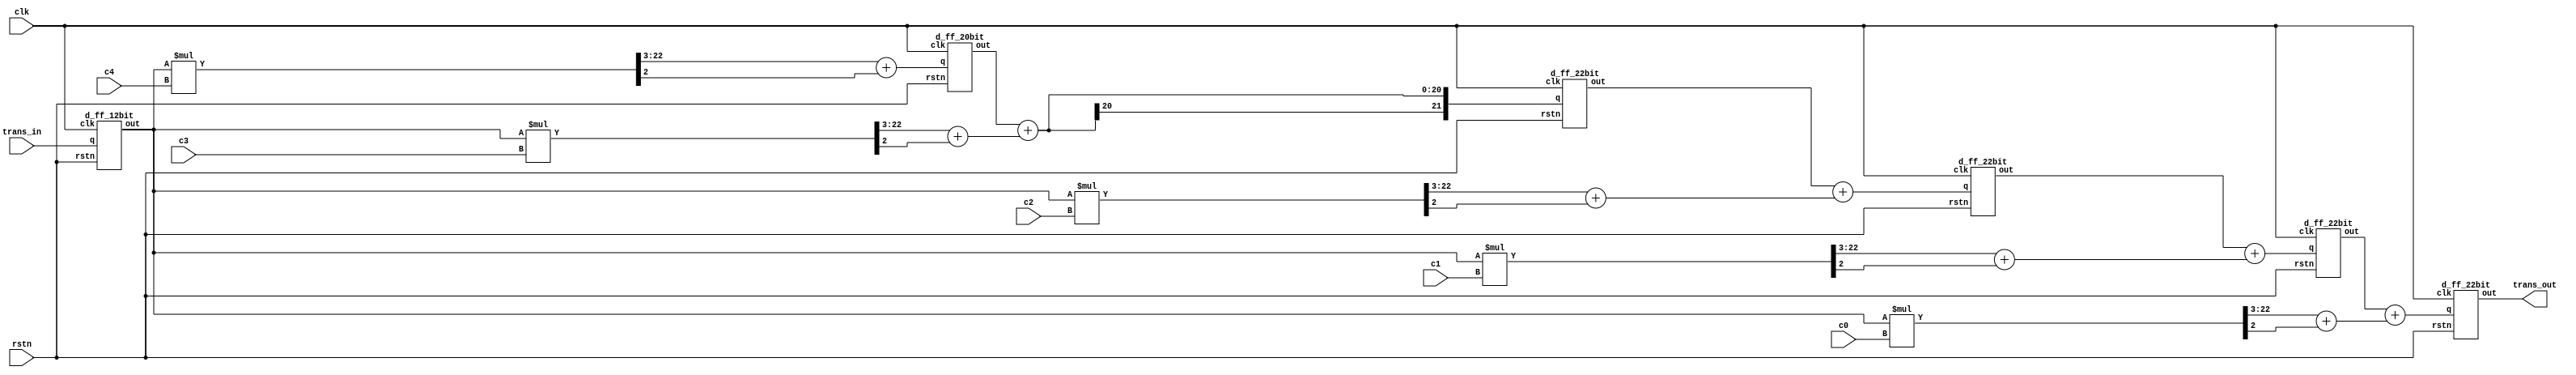

module Filter2(trans_out, trans_in, clk, rstn, c0, c1, c2, c3, c4);

    output signed[22-1:0] trans_out; // (22.18)
    input signed[12-1:0] trans_in;   // (12.10)
    input clk, rstn;
    input signed[12-1:0] c0, c1, c2, c3, c4; // (12.11)


    wire signed[20-1:0] mul0, mul1, mul2, mul3, mul4; // (20.18)

    wire signed[12-1:0] x0; 
    d_ff_12bit stage0(x0, trans_in, clk, rstn); 

    wire signed[24-1:0] tmp4;
    assign tmp4 = x0 * c4;
    assign mul4 = tmp4[22:3] + {1'b0, tmp4[2]};
    wire signed[20-1:0] x4; 
    d_ff_20bit stage4(x4, mul4, clk, rstn); 

    wire signed[24-1:0] tmp3;
    assign tmp3 = x0 * c3;
    assign mul3 = tmp3[22:3] + {1'b0, tmp3[2]};
    wire signed[22-1:0] x3, sum3; 
    assign sum3 = x4 + mul3;
    d_ff_22bit stage3(x3, sum3, clk, rstn); 

    wire signed[24-1:0] tmp2;
    assign tmp2 = x0 * c2;
    assign mul2 = tmp2[22:3] + {1'b0, tmp2[2]};
    wire signed[22-1:0] x2, sum2; 
    assign sum2 = x3 + mul2; //        .
    d_ff_22bit stage2(x2, sum2, clk, rstn);

    wire signed[24-1:0] tmp1;
    assign tmp1 = x0 * c1;
    assign mul1 = tmp1[22:3] + {1'b0, tmp1[2]};
    wire signed[22-1:0] x1, sum1; 
    assign sum1 = x2 + mul1;
    d_ff_22bit stage1(x1, sum1, clk, rstn);

    wire signed[24-1:0] tmp0;
    assign tmp0 = x0 * c0;
    assign mul0 = tmp0[22:3] + {1'b0, tmp0[2]};
    wire signed[22-1:0] trans_out, sum0; 
    assign sum0 = x1 + mul0;
    d_ff_22bit filt_out(trans_out, sum0, clk, rstn);

endmodule

module d_ff_12bit(out, q, clk, rstn);

    output reg[12-1:0] out;
    input [12-1:0] q;
    input clk, rstn;

    always@ (posedge clk)
    begin
        if(rstn == 1'b0) out<= 12'b0;
        else out <= q;
    end

endmodule

module d_ff_22bit(out, q, clk, rstn);

    output reg[22-1:0] out;
    input [22-1:0] q;
    input clk, rstn;

    always@ (posedge clk)
    begin
        if(rstn == 1'b0) out<= 22'b0;
        else out <= q;
    end

endmodule

module d_ff_20bit(out, q, clk, rstn);

    output reg[20-1:0] out;
    input [20-1:0] q;
    input clk, rstn;

    always@ (posedge clk)
    begin
        if(rstn == 1'b0) out<= 20'b0;
        else out <= q;
    end

endmodule